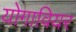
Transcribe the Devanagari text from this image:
योगावियर